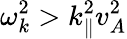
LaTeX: \omega_{k}^{2}>k_{\parallel}^{2}v_{A}^{2}